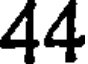
44